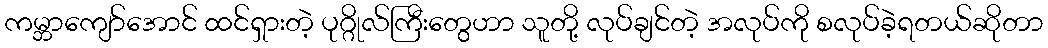
ကမ္ဘာကျော်အောင် ထင်ရှားတဲ့ ပုဂ္ဂိုလ်ကြီးတွေဟာ သူတို့ လုပ်ချင်တဲ့ အလုပ်ကို စလုပ်ခဲ့ရတယ်ဆိုတာ